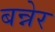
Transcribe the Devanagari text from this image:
बन्नेर